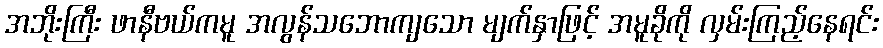
အဘိုးကြီး ဖာနီဗယ်ကမူ အလွန်သဘောကျသော မျက်နှာဖြင့် အမူခိုကို လှမ်းကြည့်နေရင်း